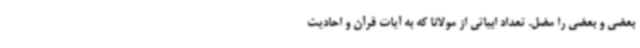
بعضی و بعضی را مضل. تعداد ابیاتی از مولانا که به آیات قرآن و احادیث